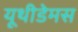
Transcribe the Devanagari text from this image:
यूथीडेमस